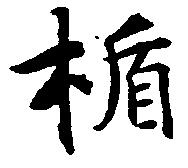
楯